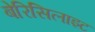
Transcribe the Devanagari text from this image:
बेरिसिलाइट